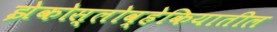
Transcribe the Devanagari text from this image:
झेकोस्लोव्हेकियातील